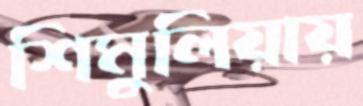
শিমুলিয়ায়